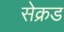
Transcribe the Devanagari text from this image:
सेक्रड